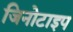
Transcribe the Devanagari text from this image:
जिनोटाइप